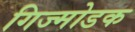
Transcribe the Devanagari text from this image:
गिज्मोडक